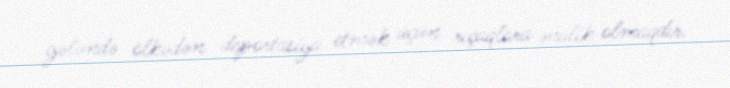
gələndə ölkədən deportasiya etmək üçün rıçaqlara malik olmaqdır.